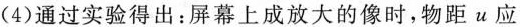
(4)通过实验得出：屏幕上成放大的像时，物距u应